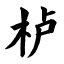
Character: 栌